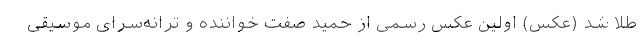
طلا شد (عکس) اولین عکس رسمی از حمید صفت خواننده و ترانه‌سرای موسیقی